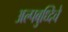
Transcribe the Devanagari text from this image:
अल्पबुध्दिचे